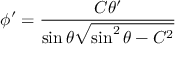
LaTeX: \phi ^ { \prime } = { \frac { C \theta ^ { \prime } } { \sin \theta { \sqrt { \sin ^ { 2 } \theta - C ^ { 2 } } } } }